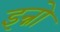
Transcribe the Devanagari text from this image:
इन्नो